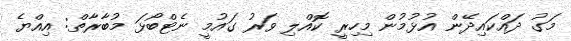
މަގު ދައްކައިދޭން އުޅުމުން މިހިރީ ކޮއްލި ވަރު ގައުމީ ނެޓްބޯޅަ މުބާރާތް: އިއްޔެ